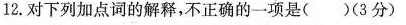
12.对下列加点词的解释，不正确的一项是( )(3分)